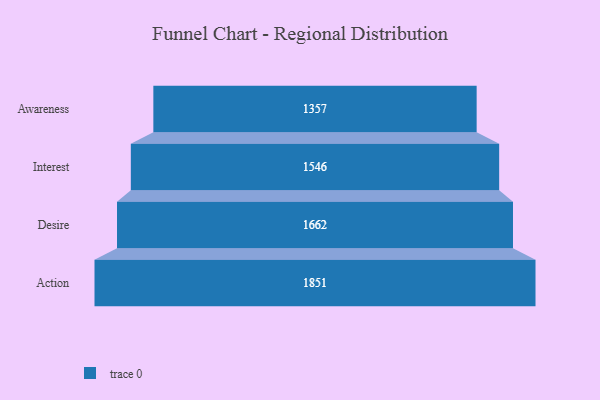
{"axis": {"x": "Stage", "y": "Value"}, "legend": [""], "data": [{"x": "Awareness", "y": 1357.0, "type": ""}, {"x": "Interest", "y": 1546.0, "type": ""}, {"x": "Desire", "y": 1662.0, "type": ""}, {"x": "Action", "y": 1851.0, "type": ""}]}